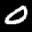
Label: 0